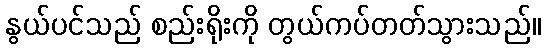
နွယ်ပင်သည် စည်းရိုးကို တွယ်ကပ်တတ်သွားသည်။